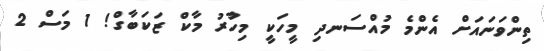
ތިންވަނައަށް އެންމެ މުއްސަނދި މީހަކީ މިހާުރު މާކް ޒަކަބާގް! 1 މަސް 2